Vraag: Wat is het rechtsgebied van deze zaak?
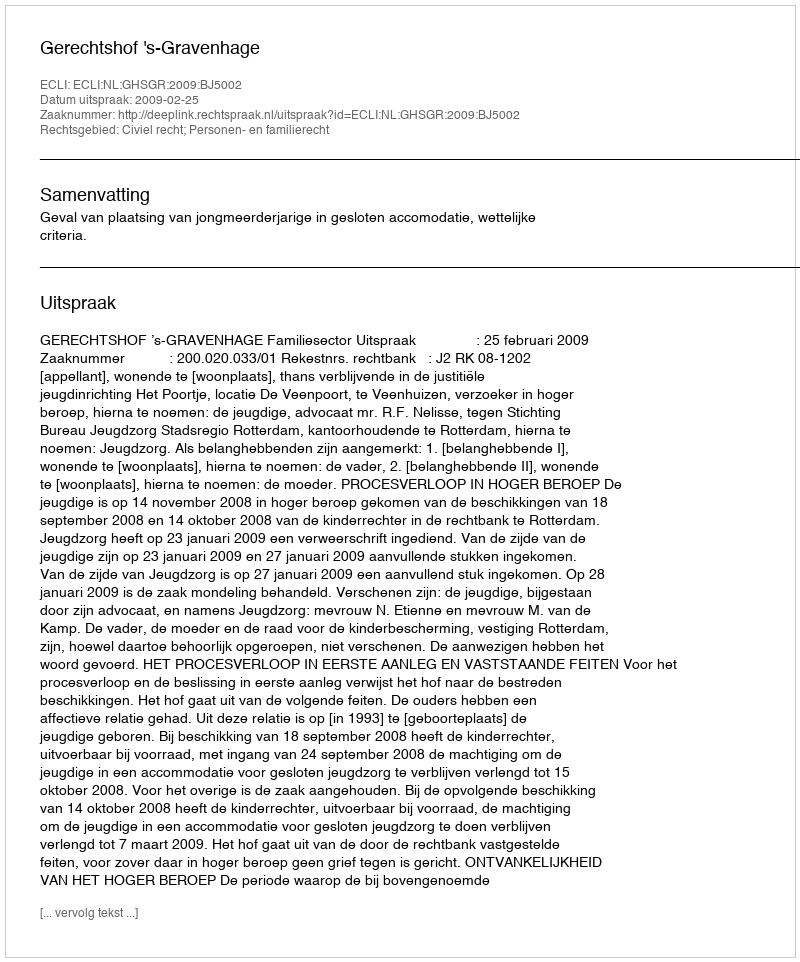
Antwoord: Civiel recht; Personen- en familierecht